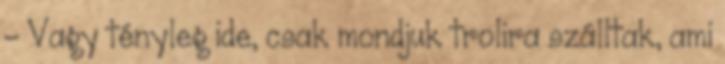
- Vagy tényleg ide, csak mondjuk trolira szálltak, ami